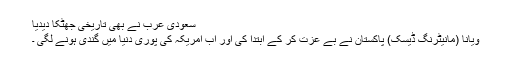
سعودی عرب نے بھی تاریخی جھٹکا دیدیا
ویانا (مانیٹرنگ ڈیسک) پاکستان نے بے عزت کر کے ابتدا کی اور اب امریکہ کی پوری دنیا میں گندی ہونے لگی ۔